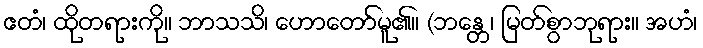
ဧတံ၊ ထိုတရားကို။ ဘာသသိ၊ ဟောတော်မူ၏။ (ဘန္တေ၊ မြတ်စွာဘုရား။ အဟံ၊